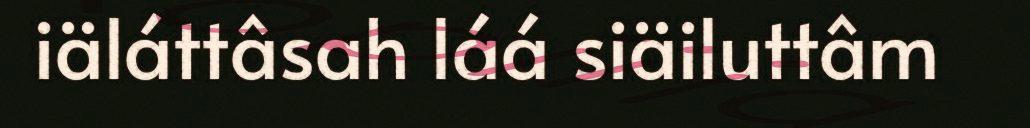
iäláttâsah láá siäiluttâm